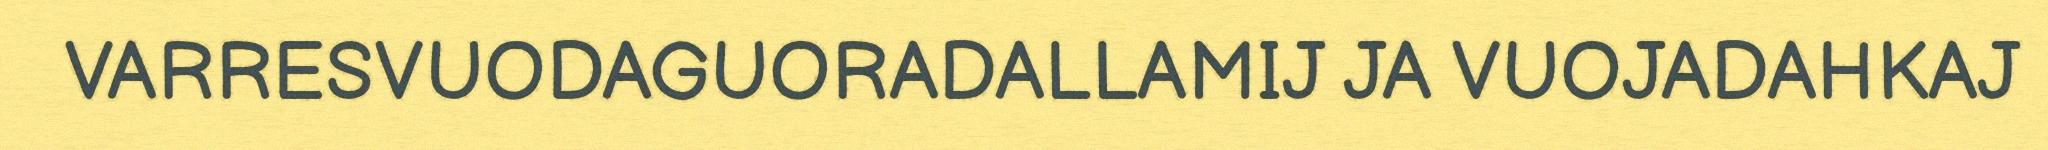
VARRESVUODAGUORADALLAMIJ JA VUOJADAHKAJ